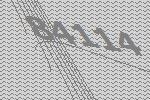
84114